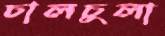
চালচুলা